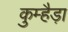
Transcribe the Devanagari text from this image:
कुम्हैड़ा